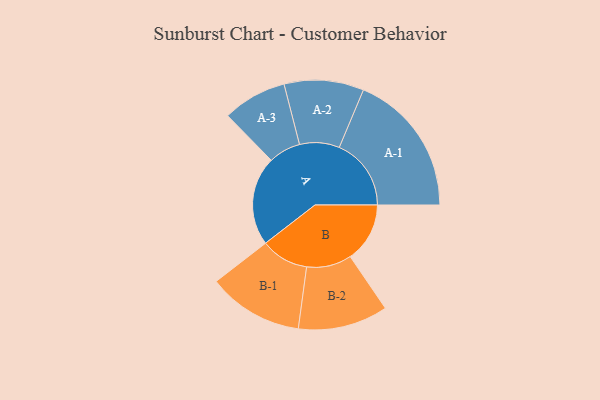
{"axis": {"x": "Segment", "y": "Value"}, "legend": ["", "A", "B"], "data": [{"x": "A", "y": 347, "type": ""}, {"x": "B", "y": 232, "type": ""}, {"x": "A-1", "y": 280, "type": "A"}, {"x": "A-2", "y": 155, "type": "A"}, {"x": "A-3", "y": 125, "type": "A"}, {"x": "B-1", "y": 186, "type": "B"}, {"x": "B-2", "y": 175, "type": "B"}]}